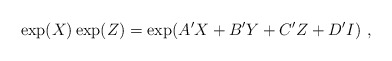
\begin{align*}\exp(X)\exp(Z)=\exp({A'X+B'Y+C'Z+D'I}) \ ,\end{align*}